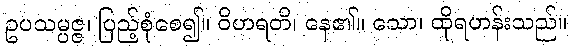
ဥပသမ္ပဇ္ဇ၊ ပြည့်စုံစေ၍။ ဝိဟရတိ၊ နေ၏။ သော၊ ထိုရဟန်းသည်။